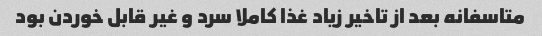
متاسفانه بعد از تاخیر زیاد غذا کاملا سرد و غیر قابل خوردن بود